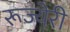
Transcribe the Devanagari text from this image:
रूज्येरी